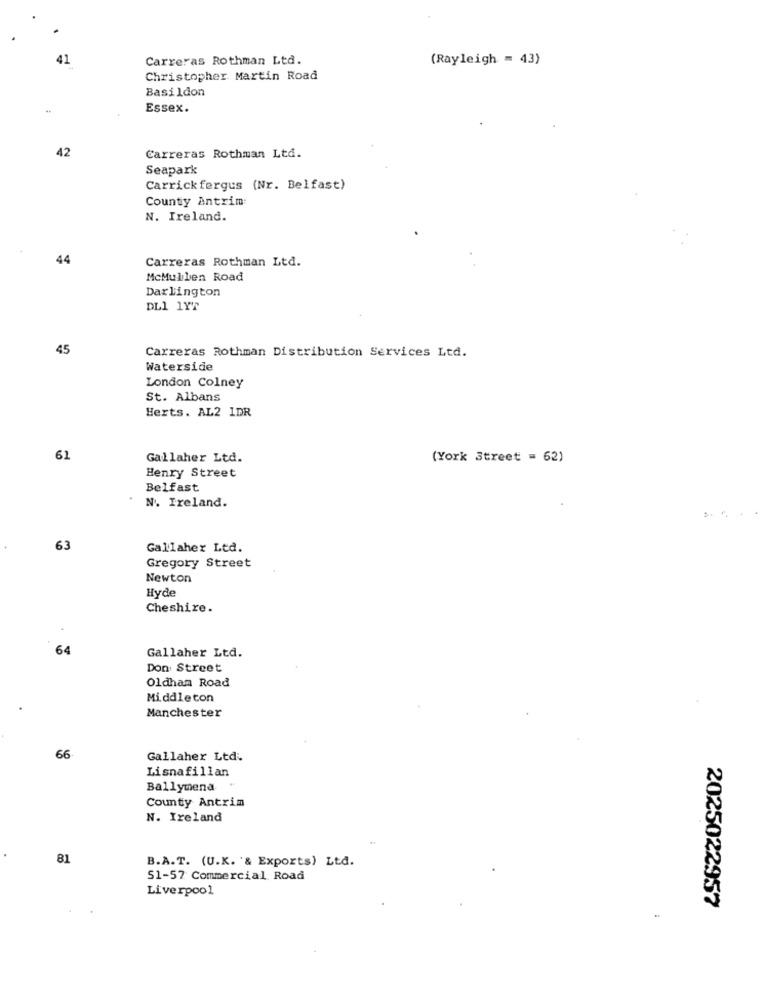
Carreras Rothman Ltd.
(Rayleigh = 43)
Christopher Martin Road
Basildon
Essex.
42
Carreras Rothman Ltd.
Seapark
Carrickfergus (Nr. Belfast)
County Antrim:
N. Ireland.
44
Carreras Rothman Ltd.
McMullen Road
Darlington
DL1 1YT
45
Carreras Rothman Distribution Services Ltd.
Waterside
London Colney
St. Albans
Herts. AL2 1DR
62
Gallaher Ltd.
(York Street = 62)
Henry Street
Belfast
N. Ireland.
63
Gallaher Ltd.
Gregory Street
Newton
Hyde
Cheshire.
64
Gallaher Ltd.
Don Street
Oldham Road
Middleton
Manchester
66
Gallaher Ltd.
Lisnafillan
Ballymena
County Antrim
N. Ireland
81
B.A.T. (U.K. & Exports) Ltd.
51-57 Commercial Road
Liverpool
2025022957